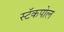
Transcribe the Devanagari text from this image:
स्टॅकपोल